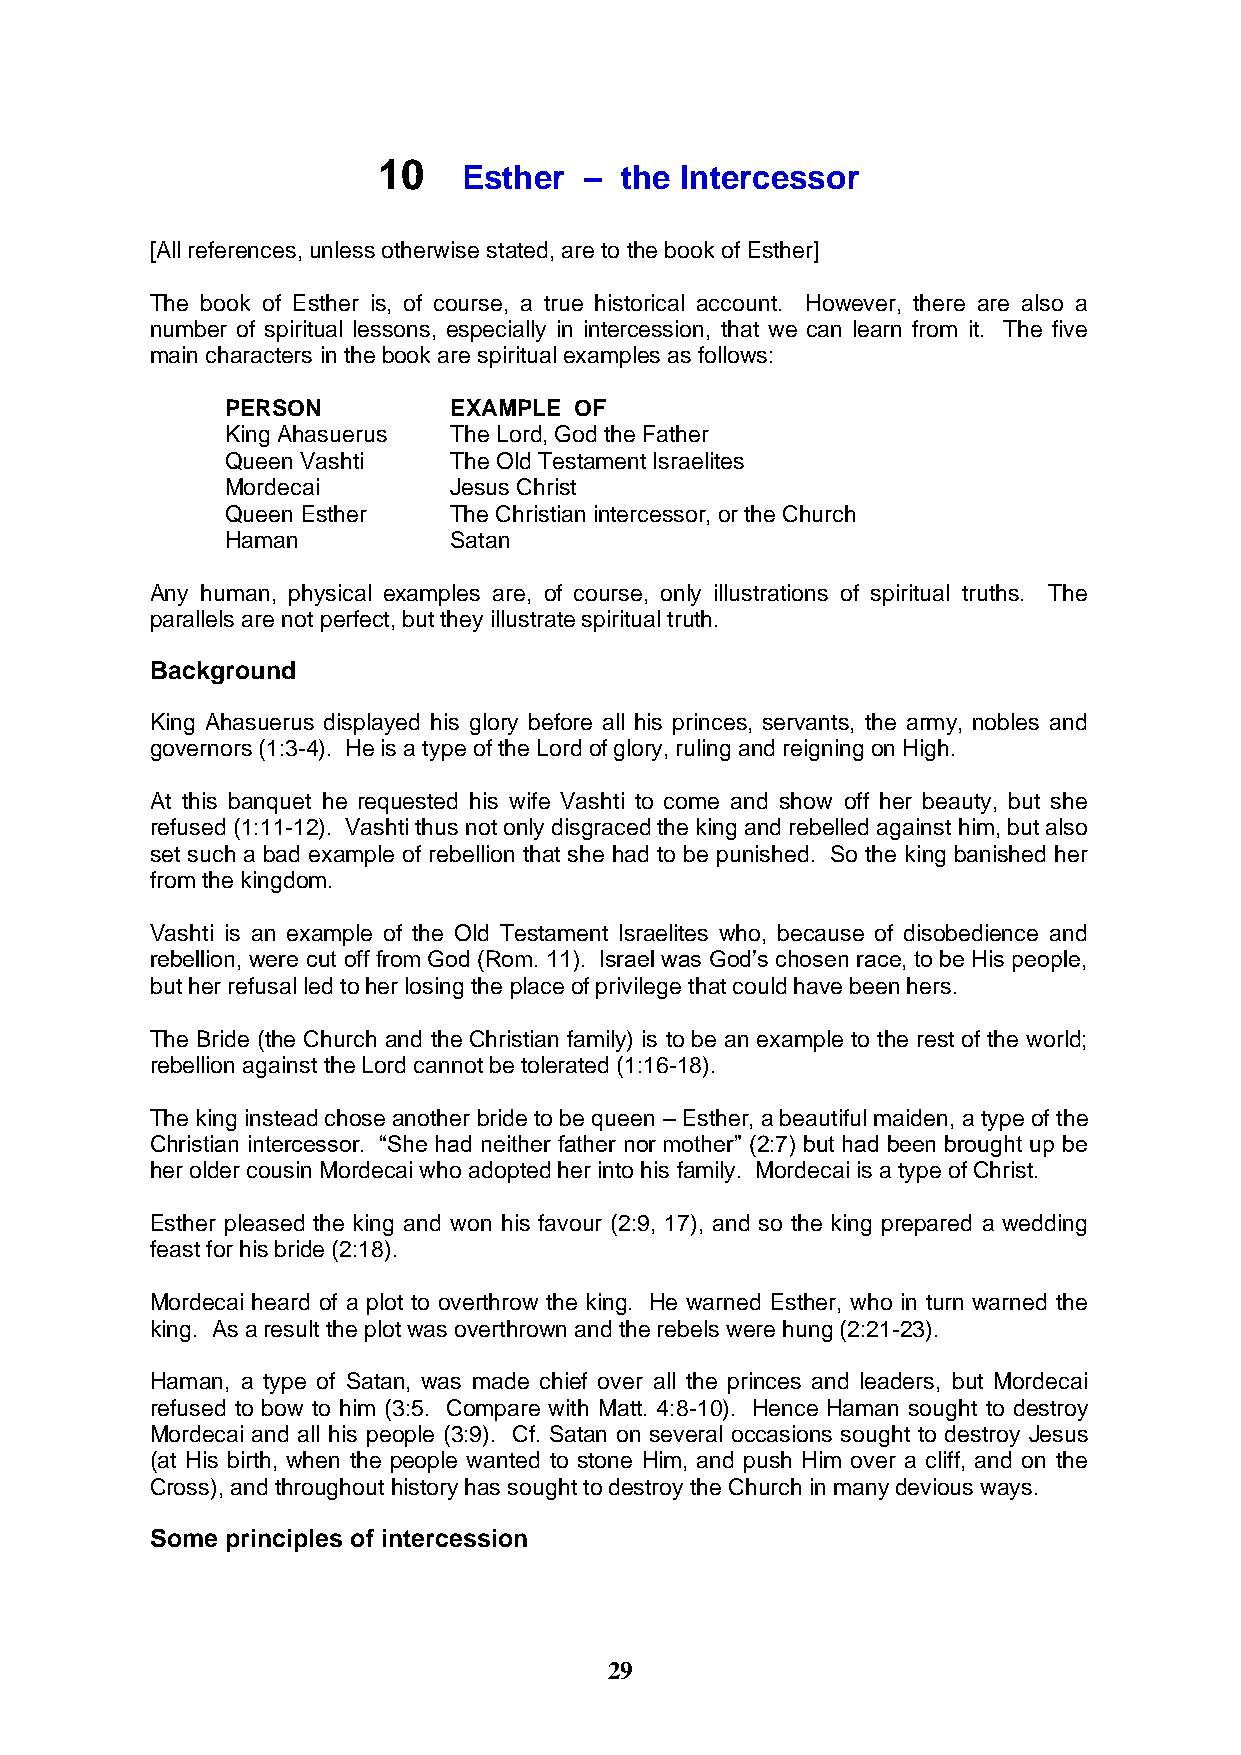
10
 Esther  – the Intercessor
 [All references, unless otherwise stated, are to the book of Esther]
 The book of Esther is, of course, a true historical account. However, there are also a
 number of spiritual lessons, especially in intercession, that we can learn from it. The five
 main characters in the book are spiritual examples as follows:
 PERSON         EXAMPLE OF
 King Ahasuerus The Lord, God the Father
 Queen Vashti   The Old Testament Israelites
 Mordecai       Jesus Christ
 Queen Esther   The Christian intercessor, or the Church
 Haman          Satan
 Any human, physical examples are, of course, only illustrations of spiritual truths. The
 parallels are not perfect, but they illustrate spiritual truth.
 Background
 King Ahasuerus displayed his glory before all his princes, servants, the army, nobles and
 governors (1:3-4). He is a type of the Lord of glory, ruling and reigning on High.
 At this banquet he requested his wife Vashti to come and show off her beauty, but she
 refused (1:11-12). Vashti thus not only disgraced the king and rebelled against him, but also
 set such a bad example of rebellion that she had to be punished. So the king banished her
 from the kingdom.
 Vashti is an example of the Old Testament Israelites who, because of disobedience and
 rebellion, were cut off from God (Rom. 11). Israel was God’s chosen race, to be His people,
 but her refusal led to her losing the place of privilege that could have been hers.
 The Bride (the Church and the Christian family) is to be an example to the rest of the world;
 rebellion against the Lord cannot be tolerated (1:16-18).
 The king instead chose another bride to be queen – Esther, a beautiful maiden, a type of the
 Christian intercessor. “She had neither father nor mother” (2:7) but had been brought up be
 her older cousin Mordecai who adopted her into his family. Mordecai is a type of Christ.
 Esther pleased the king and won his favour (2:9, 17), and so the king prepared a wedding
 feast for his bride (2:18).
 Mordecai heard of a plot to overthrow the king. He warned Esther, who in turn warned the
 king. As a result the plot was overthrown and the rebels were hung (2:21-23).
 Haman, a type of Satan, was made chief over all the princes and leaders, but Mordecai
 refused to bow to him (3:5. Compare with Matt. 4:8-10). Hence Haman sought to destroy
 Mordecai and all his people (3:9). Cf. Satan on several occasions sought to destroy Jesus
 (at His birth, when the people wanted to stone Him, and push Him over a cliff, and on the
 Cross), and throughout history has sought to destroy the Church in many devious ways.
 Some principles of intercession
 29